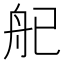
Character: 𬜒